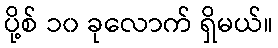
ပို့စ် ၁၀ ခုလောက် ရှိမယ်။